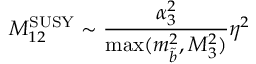
M _ { 1 2 } ^ { \mathrm { S U S Y } } \sim \frac { \alpha _ { 3 } ^ { 2 } } { \operatorname * { m a x } ( m _ { \tilde { b } } ^ { 2 } , M _ { 3 } ^ { 2 } ) } \eta ^ { 2 }